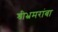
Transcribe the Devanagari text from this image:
श्रीभ्रमरांबा